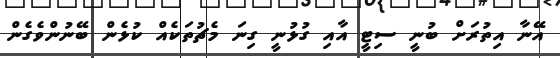
އޭނާ އިތުރަށް ބުނީ ސިޓީ އާއި ގުޅުނީ ގިނަ މެޗުތަކެއް ކުޅެން ބޭނުންވެގެން